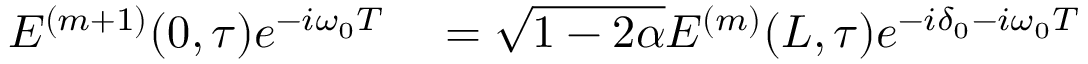
\begin{array} { r l } { E ^ { ( m + 1 ) } ( 0 , \tau ) e ^ { - i \omega _ { 0 } T } } & { { } = \sqrt { 1 - 2 \alpha } E ^ { ( m ) } ( L , \tau ) e ^ { - i \delta _ { 0 } - i \omega _ { 0 } T } } \end{array}